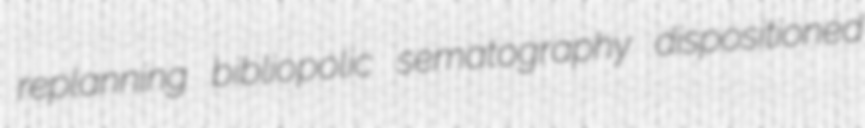
replanning bibliopolic sematography dispositioned